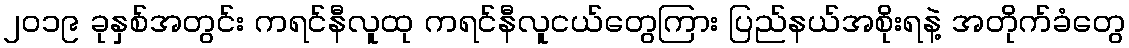
၂၀၁၉ ခုနှစ်အတွင်း ကရင်နီလူထု ကရင်နီလူငယ်တွေကြား ပြည်နယ်အစိုးရနဲ့ အတိုက်ခံတွေ